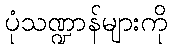
ပုံသဏ္ဍာန်များကို